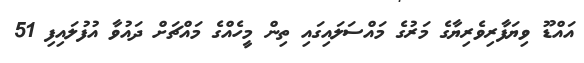
އައްޑޫ ވިޔަފާރިވެރިޔާގެ މަރުގެ މައްސަލައިގައި ތިން މީހެއްގެ މައްޗަށް ދައުވާ އުފުލައިފި 51